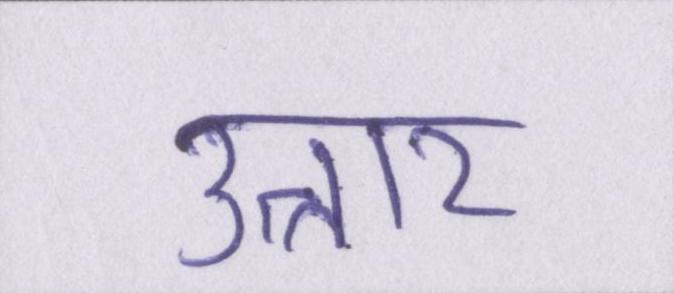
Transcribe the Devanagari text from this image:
उत्तार